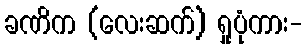
ခဏိက (လေးဆက်) ရှုပုံကား-